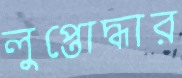
লুপ্তোদ্ধার